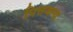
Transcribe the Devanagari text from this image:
पित्तजन्य